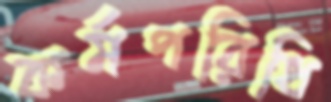
কর্মপরিধি